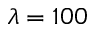
\lambda = 1 0 0